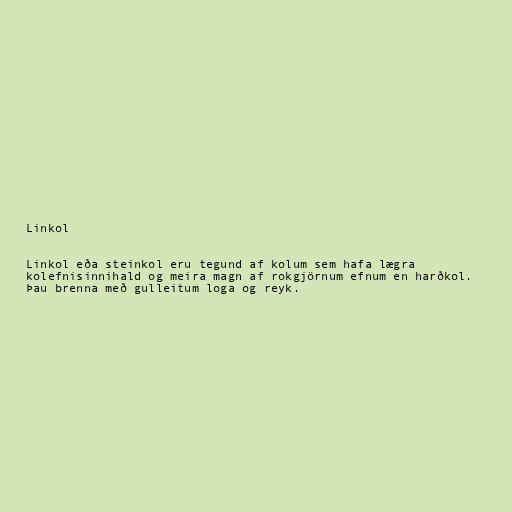
Linkol

Linkol eða steinkol eru tegund af kolum sem hafa lægra
kolefnisinnihald og meira magn af rokgjörnum efnum en harðkol.
Þau brenna með gulleitum loga og reyk.